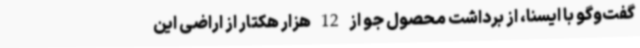
گفت‌وگو با ایسنا، از برداشت محصول جو از 12 هزار هکتار از اراضی این